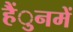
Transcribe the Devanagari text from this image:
हैंुनमें